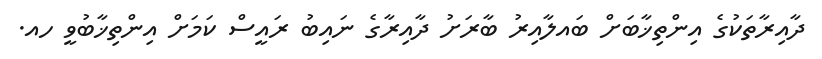
ދާއިރާތަކުގެ އިންތިޚާބަށް ބައލާއިރު ބާރަށު ދާއިރާގެ ނައިބު ރައީސް ކަމަށް އިންތިޚާބުވީ ހއ.